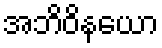
အဘိဝိနယော